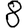
Digit: 8